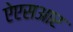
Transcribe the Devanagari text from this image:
ऐएसआर